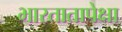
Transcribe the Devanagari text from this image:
भारतातापेक्षा